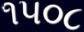
૧૫૦૮